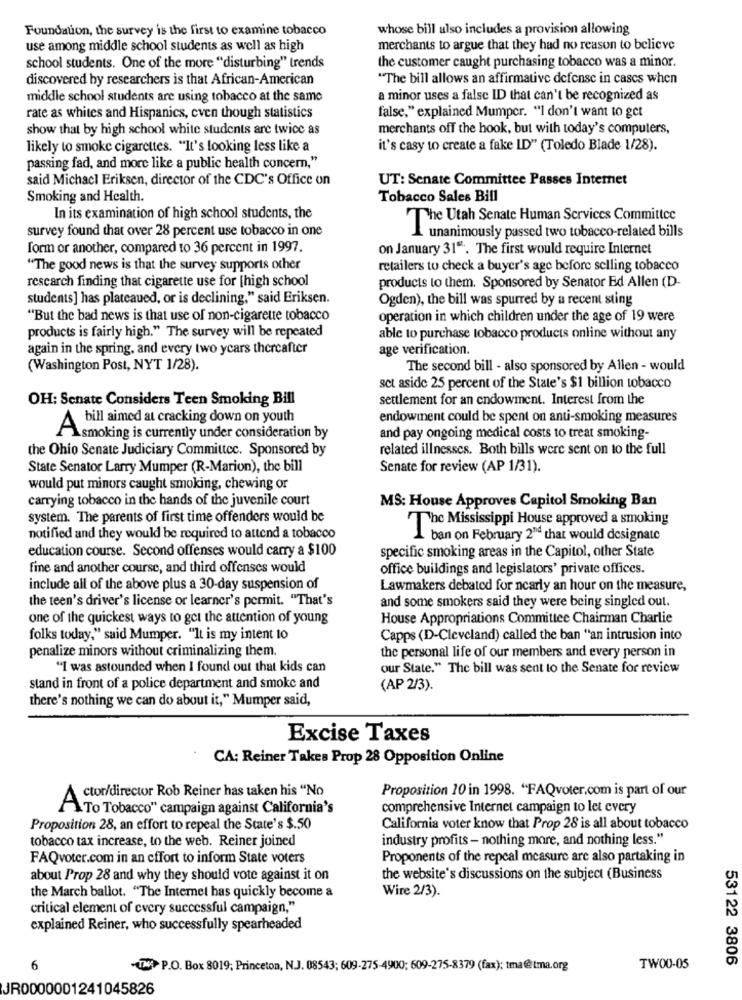
Foundation, the survey is the first to examine tobacco
whose bill also includes a provision allowing
use among middle school students as well as high
merchants to argue that they had no reason to believe
the customer caught purchasing tobacco was a minor.
school students. One of the more "disturbing" trends
discovered by researchers is that African-American
"The bill allows an affirmative defense in cases when
middle school students are using tobacco at the same
a minor uses a false ID that can't be recognized as
rate as whites and Hispanics, even though statistics
false," explained Mumper. "I don't want to get
show that by high school white students are twice as
merchants off the hook, but with today's computers,
likely to smoke cigarettes. "It's looking less like a
it's casy to create a fake ID"" (Toledo Blade 1/28).
passing fad, and more like a public health concern,"
said Michacl Eriksen, director of the CDC's Office on
UT: Senate Committee Passes Internet
Smoking and Health.
Tobacco Sales Bill
In its examination of high school students, the
The Utah Senate Human Services Committee
survey found that over 28 percent use tobacco in one
unanimously passed two tobacco-related bills
form or another, compared to 36 percent in 1997.
on January 31". The first would require Internet
"The good news is that the survey supports other
retailers to check a buyer's age before selling tobacco
research finding that cigarette use for [high school
products to them. Sponsored by Senator Ed Allen (D-
students] has plateaued, or is declining," said Eriksen.
Ogden), the bill was spurred by a recent sting
"But the bad news is that use of non-cigarette tobacco
operation in which children under the age of 19 were
products is fairly high." The survey will be repeated
able to purchase tobacco products online without any
again in the spring, and every two years thereafter
age verification.
(Washington Post, NYT 1/28).
The second bill - also sponsored by Allen - would
set aside 25 percent of the State's $1 billion tobacco
OH: Senate Considers Teen Smoking Bill
settlement for an endowment. Interest from the
endowment could be spent on anti-smoking measures
A bill aimed at cracking down on youth
smoking is currently under consideration by
and pay ongoing medical costs to treat smoking-
the Ohio Senate Judiciary Committee. Sponsored by
related illnesses. Both bills were sent on to the full
State Senator Larry Mumper (R-Marion), the bill
Senate for review (AP 1/31).
would put minors caught smoking, chewing or
carrying tobacco in the hands of the juvenile court
MS: House Approves Capitol Smoking Ban
system. The parents of first time offenders would be
The Mississippi House approved a smoking
notified and they would be required to attend a tobacco
ban on February 2nd that would designate
education course. Second offenses would carry a $100
specific smoking areas in the Capitol, other State
fine and another course, and third offenses would
office buildings and legislators' private offices.
include all of the above plus a 30-day suspension of
Lawmakers debated for nearly an hour on the measure,
the teen's driver's license or learner's permit. "That's
and some smokers said they were being singled out.
one of the quickest ways to get the attention of young
House Appropriations Committee Chairman Charlie
folks today," said Mumper. "It is my intent to
Capps (D-Cleveland) called the ban "an intrusion into
penalize minors without criminalizing them.
the personal life of our members and every person in
"I was astounded when I found out that kids can
our State." The bill was sent to the Senate for review
stand in front of a police department and smoke and
(AP 2/3).
there's nothing we can do about it," Mumper said,
Excise Taxes
CA: Reiner Takes Prop 28 Opposition Online
Proposition 10 in 1998. "FAQvoter.com is part of our
ctor/director Rob Reiner has taken his "No
A
\To Tobacco" campaign against California's
comprehensive Internet campaign to let every
Proposition 28, an effort to repeal the State's $.50
California voter know that Prop 28 is all about tobacco
tobacco tax increase, to the web. Reiner joined
industry profits - nothing more, and nothing less."
FAQvoter.com in an effort to inform State voters
Proponents of the repeal measure are also partaking in
about Prop 28 and why they should vote against it on
the website's discussions on the subject (Business
the March ballot. "The Internet has quickly become a
Wire 2/3).
critical element of cvery successful campaign,"
explained Reiner, who successfully spearheaded
53122 3806
6
TN P.O. Box 8019; Princeton, N.J. 08543; 609-275-4900; 609-275-8379 (fax): tma@tma.org
TWO0-05
JR0000001241045826